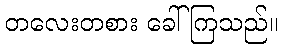
တလေးတစား ခေါ်ကြသည်။